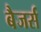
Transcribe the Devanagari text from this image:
बैजर्स